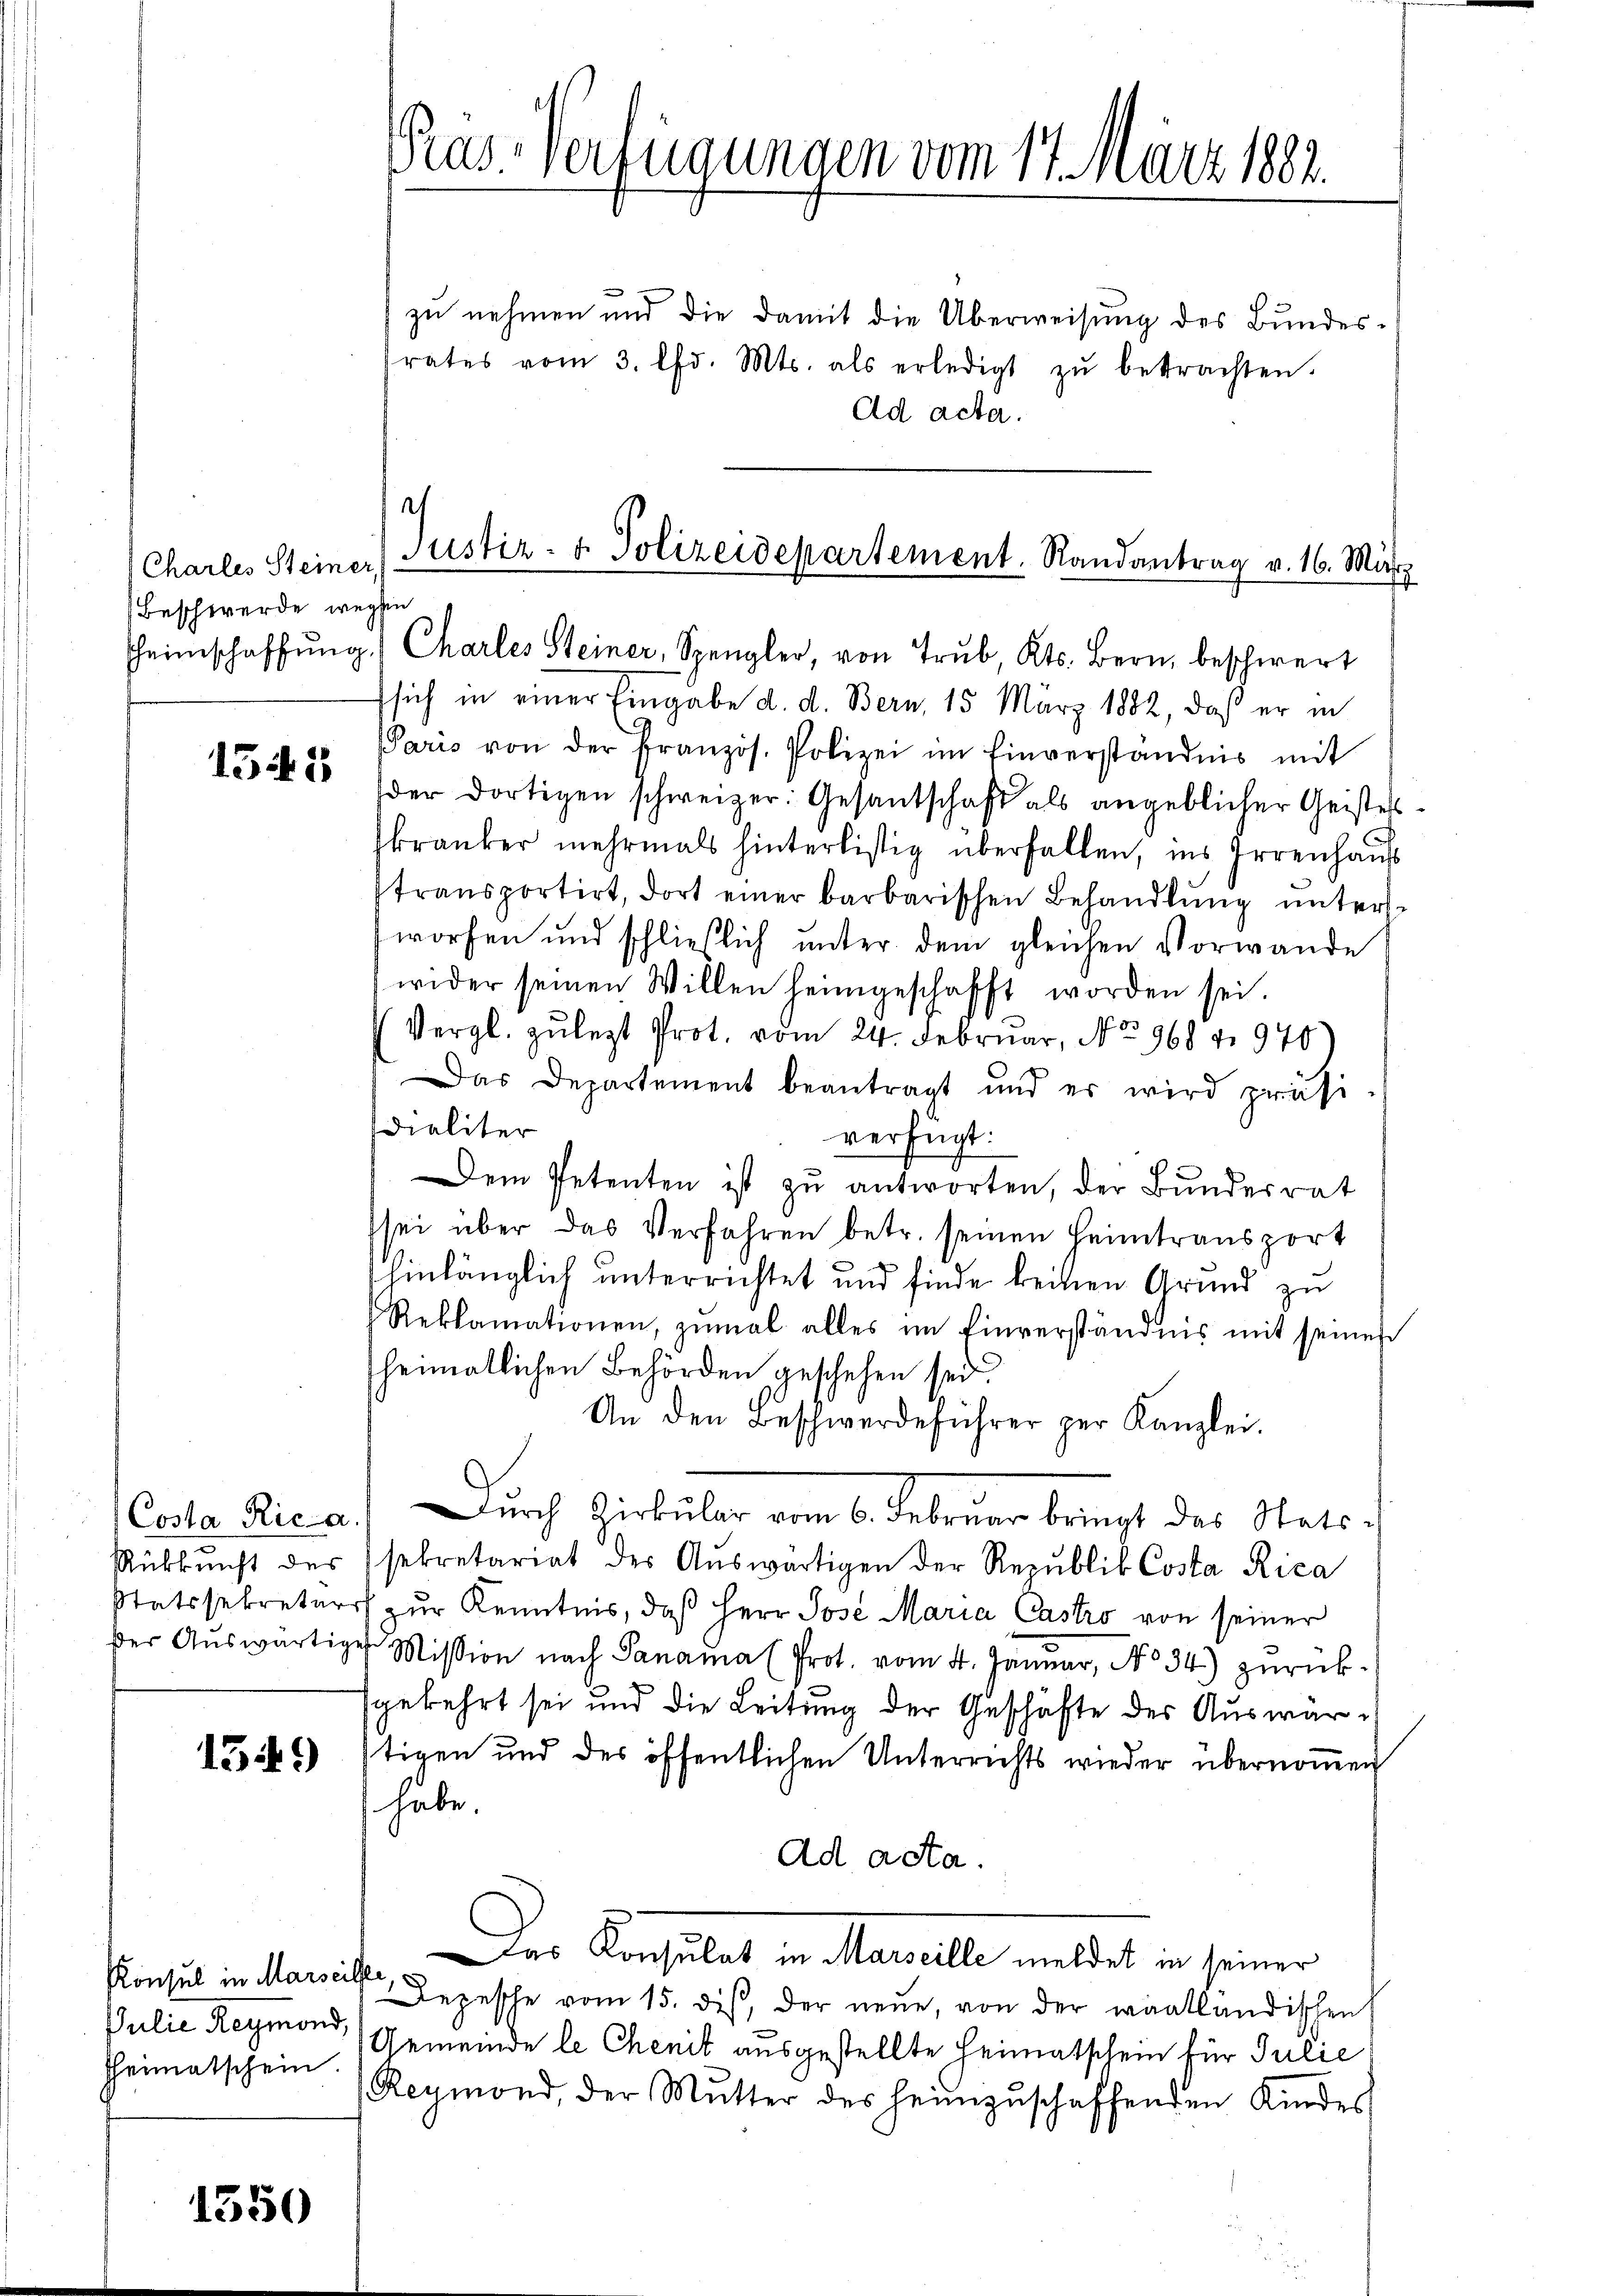
Charles Steiner,
Beschwerde wegen

1545

Costa Rica.
Rükkunft des
Statssekretärs
ser Auswärtig

1349)

Konsul in Marseille,
Julie Reymond,
Heimatschein

1550

Pras Verfügungen vom 17. März 1882.

zu nehmen und die damit die Überweisung des Bundesrates vom 3. lfd. Mts. als erledigt zŭ betrachten.
Ad acta.
Justiz- & Polizeidepartement. Randantrag v. 16. März

heimschaffŭng (Charles Steiner, Spengler, von Trŭb Kts. Bern, beschwert

sich in einer Eingabe d. d. Bern, 15 März 1882, daß er in
Paris von der französ. Polizei im Einverständnis mit
der dortigen schweizer: Gesantschaft als angeblicher Geistes
kranker mehrmals hinterlistig überfallen, ins Irrenhauss
transportirt, dort einer barbarischen Behandlung unters
worfen und schließlich unter dem gleichen Vorwande
wider seinen Willen heimgeschafft worden sei.
Vergl. zulezt Prot. vom 24. Februar, No 968 v. 970
Das Departement beantragt und er wird präsi-
dialiter
verfügt:
Dem Petenten ist zŭ antworten, der Bŭndesrat
sei über das Verfahren betr. seinen Heimtransport
hinlänglich unterrichtet und finde keinen Grund zu
Reklamationen, zumal alles im Einverständnis mit seinen
heimatlichen Behörden geschehen sei.
An den Beschwerdeführer per Kanzlei.
Durch Zirkular vom 6. Februar bringt das Statssekretariat des Aŭswärtigen der Republik Costa Rica
ch zur Kenntnis, daß Herr Jose Maria Castro von seiner
 Mission nach Panama (Prot. vom 4. Januar, No 34) zurückgekehrt sei und die Leitung der Geschäfte des Auswärtigen und des öffentlichen Unterrichts wieder übernoṁen
habe.
Ad acta.
Der Konsulat in Marelle meldet in seiner
Depesche vom 15. dis, der neue, von der waalländischen
Gemeinde le Chenit ausgestellte Heimatschein für Julie
Reymond, der Mŭtter des heimzŭschaffenden Kindes